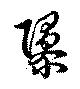
隳